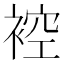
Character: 𧚬